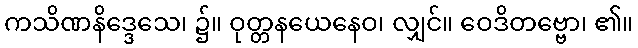
ကသိဏနိဒ္ဒေသေ၊ ၌။ ဝုတ္တနယေနေဝ၊ လျှင်။ ဝေဒိတဗ္ဗော၊ ၏။